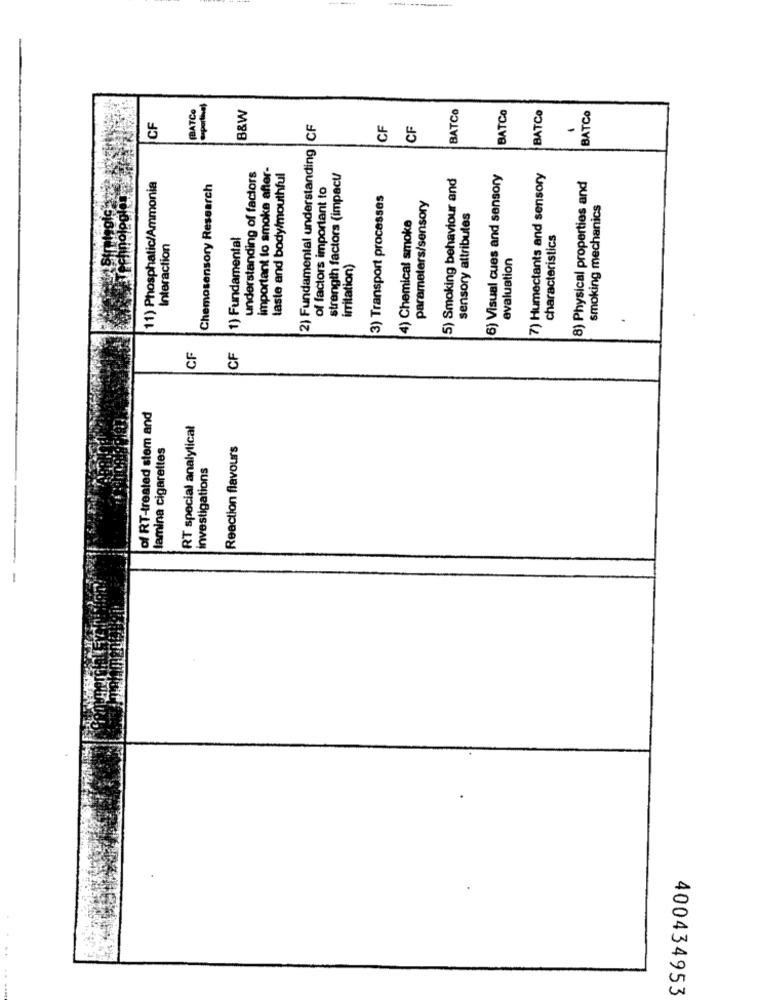
(BATCO
B&W
BATCO
BATCO
BATCo
BATCO
CF
CF
CF
CF
2) Fundamental understanding
important to smoke after-
understanding of factors
taste and body/mouthful
strength factors (impact/
5) Smoking behaviour and
6) Visual cues and sensory
7) Humectants and sensory
11) Phosphatic/Ammonia
Chemosensory Research
of factors important to
8) Physical properties and
3) Transport processes
parameters/sensory
smoking mechanics
sensory attribules
4) Chemical smoke
1) Fundamental
characteristics
Interaction
evaluation
irritation)
.
CF
CF
of RT-treated stem and
RT special analytical
lamina cigarettes
Reaction flavours
investigations
400434953